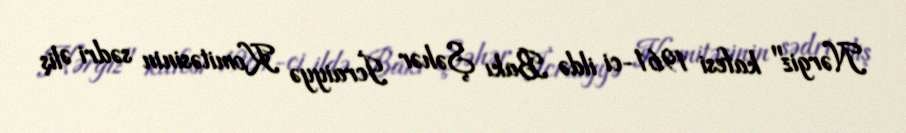
Nərgiz" kafesi 1961-ci ildə Bakı Şəhər İcraiyyə Komitəsinin sədri Əliş